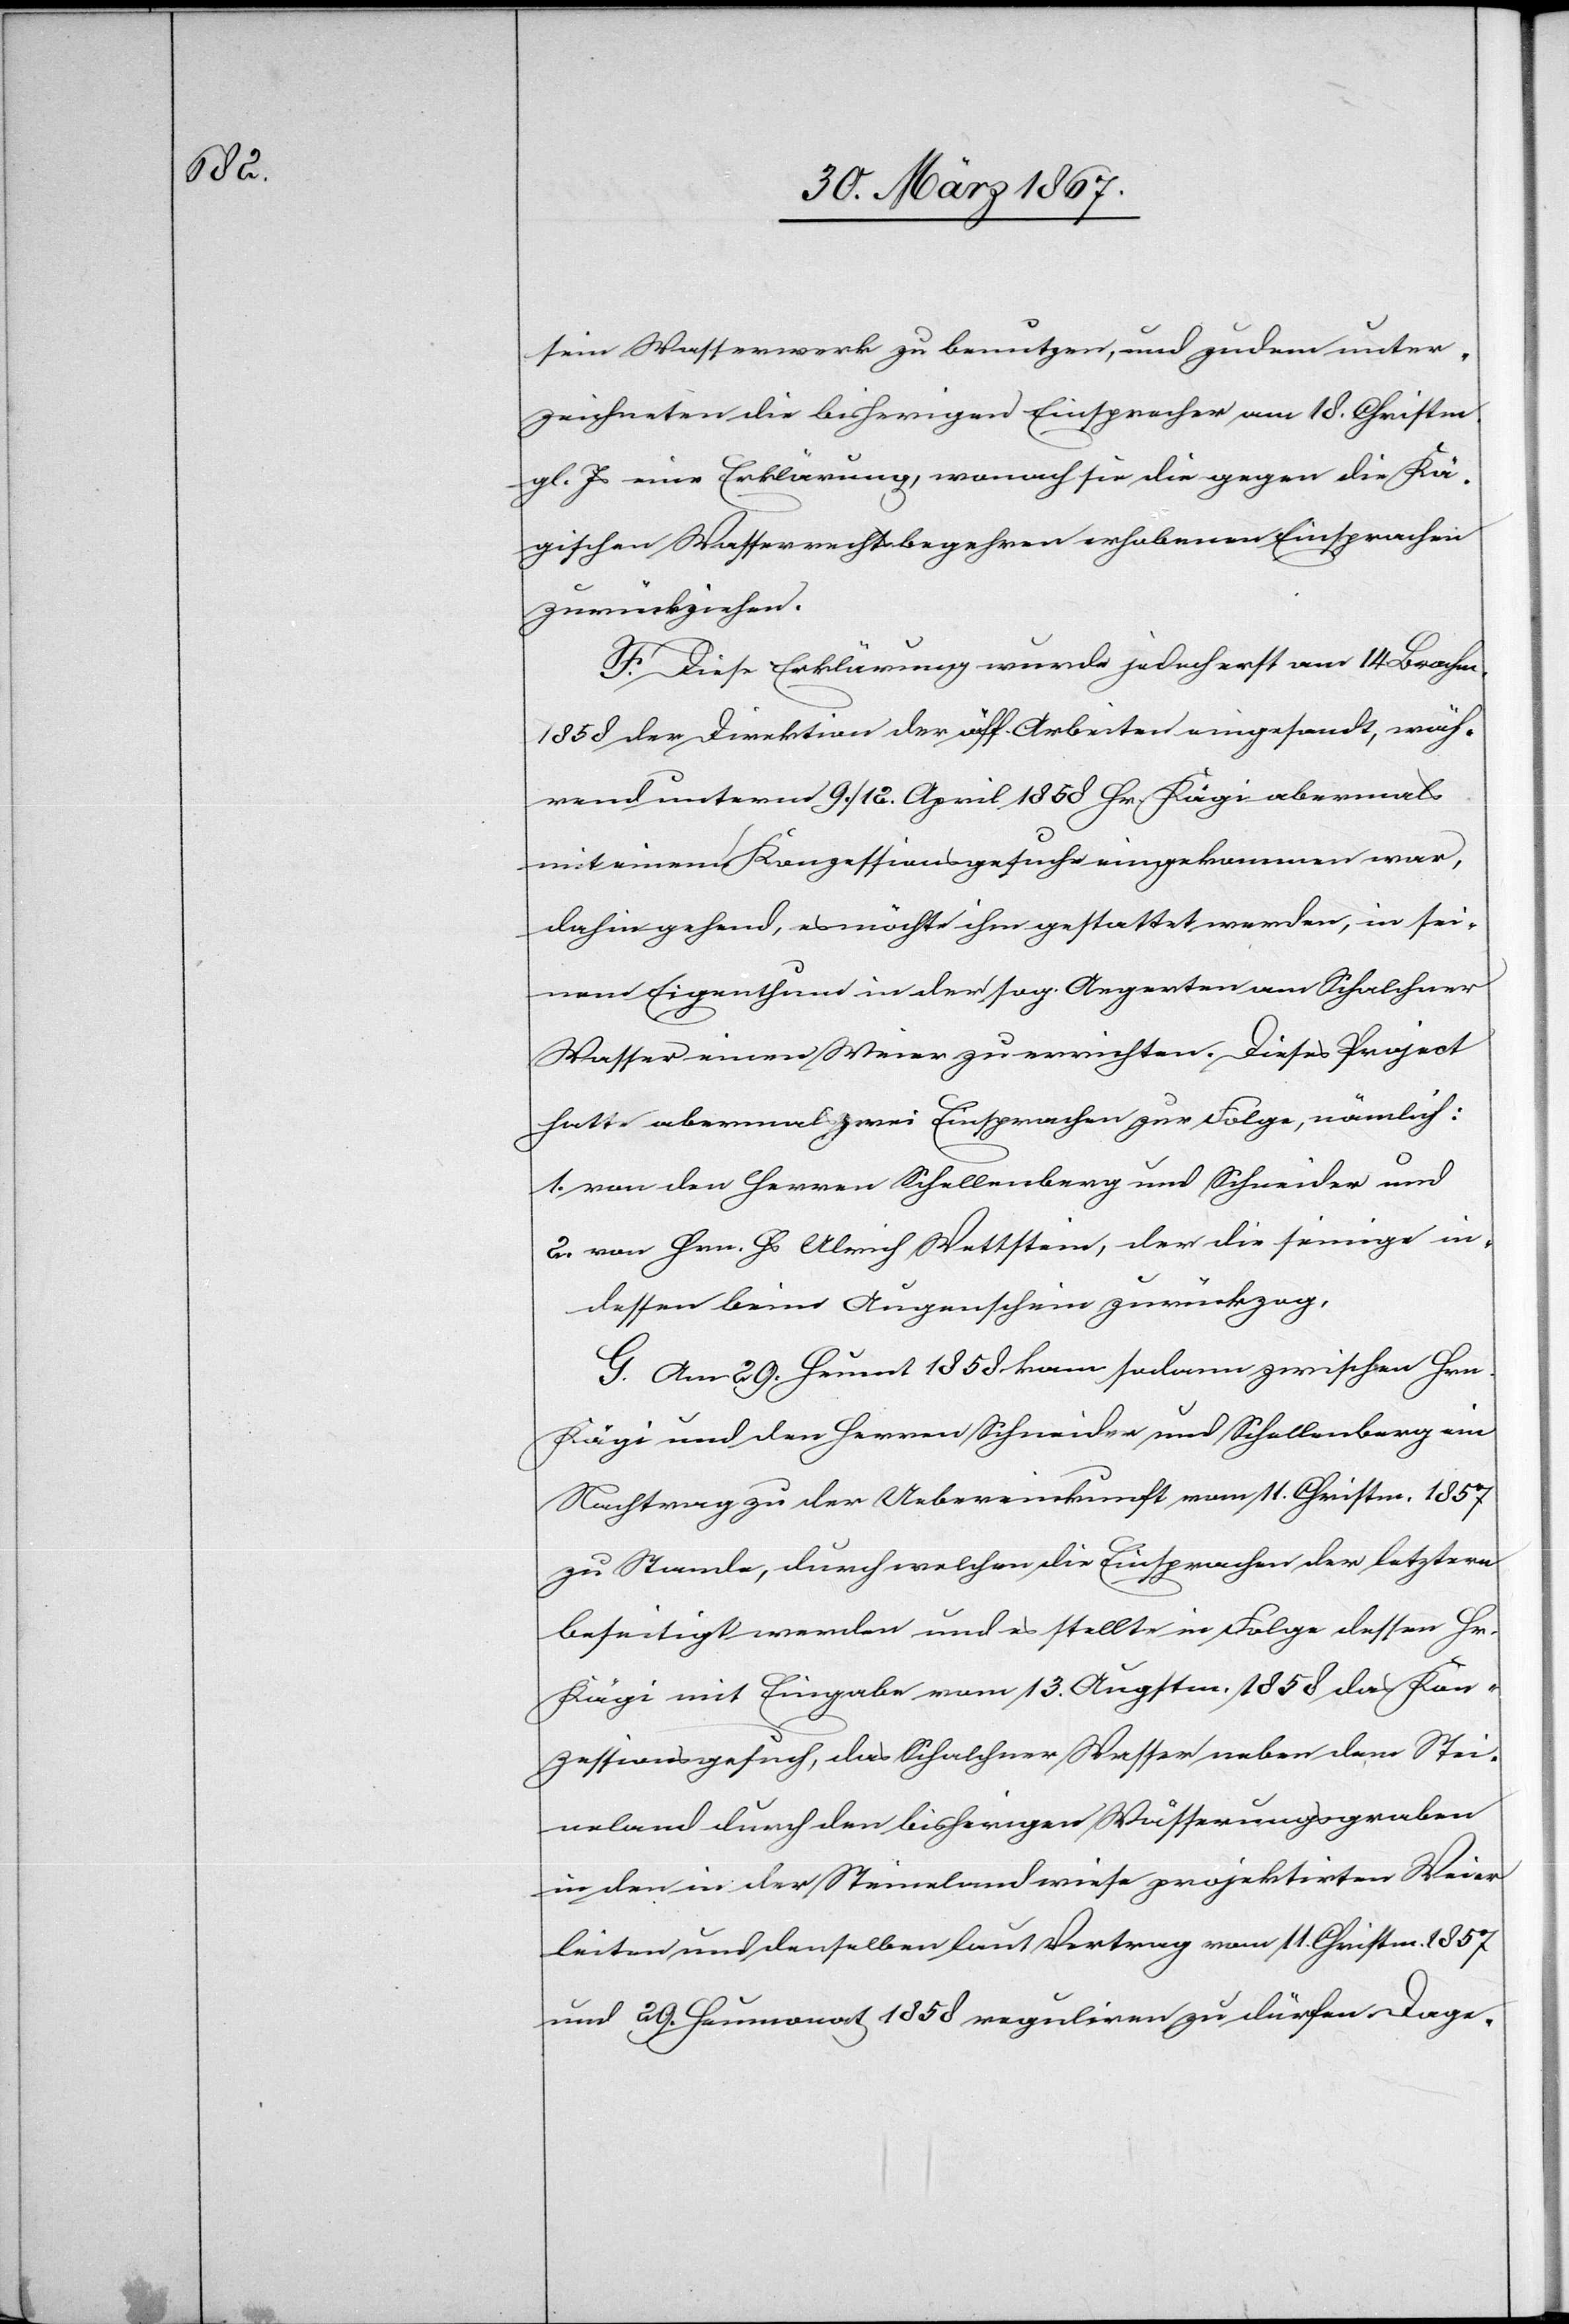
sein Wasserwerk zu benutzen, und zudem unter¬
zeichneten die bisherigen Einsprecher am 18. Christm.
gl. Js eine Erklärung, wonach sie die gegen die Kä¬
gischen Wasserrechtsbegehren erhobenen Einsprachen
zurückziehen.
F. Diese Erklärung wurde jedoch erst am 14. Brachm.
1858 der Direktion der öff. Arbeiten eingesandt, wäh¬
rend unterm 9. / 12. April 1858 Hr. Kägi abermals
mit einem Konzessionsgesuche eingekommen war,
dahin gehend, es möchte ihm gestattet werden, in sei¬
nem Eigenthum in der sog. Aegerten am Schalchner
Wasser einen Weier zu errichten. Dieses Project
hatte abermals zwei Einsprachen zur Folge, nämlich:
1.	von den Herren Schellenberg und Schneider und
2.	von Hrn. Hs Ulrich Wettstein, der die seinige in¬
dessen beim Augenschein zurückzog.
G. Am 29. Heumt. 1858 kam sodann zwischen Hrn.
Kägi und den Herren Schneider und Schellenberg ein
Nachtrag zu der Uebereinkunft vom 11. Christm. 1857
zu Stande, durch welchen die Einsprachen der letztern
beseitigt werden und es stellte in Folge dessen Hr.
Kägi mit Eingabe vom 13. Augustm. 1858 das Kon¬
zessionsgesuch, das Schalchner Wasser neben dem Stei¬
neland durch den bisherigen Wässerungsgraben
in den in der Steinelandwiese projektirten Weier
leiten und denselben laut Vertrag vom 11. Christm. 1857
und 29. Hornung 1858 reguliren zu dürfen. Dage-